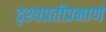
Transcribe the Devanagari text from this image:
दृश्यप्रतीप्रमाणे